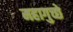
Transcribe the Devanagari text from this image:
महागुच्छे